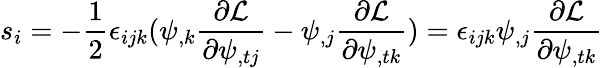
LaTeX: s_{i}=-\frac 12\epsilon_{ijk}(\psi_{,k}\frac{\partial\mathcal{L}}{\partial\psi_{,tj}}-\psi_{,j}\frac{\partial\mathcal{L}}{\partial\psi_{,tk}})=\epsilon_{ijk}\psi_{,j}\frac{\partial\mathcal{L}}{\partial\psi_{,tk}}